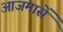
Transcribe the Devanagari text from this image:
आजमासें